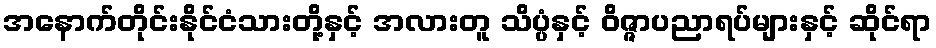
အနောက်တိုင်းနိုင်ငံသားတို့နှင့် အလားတူ သိပ္ပံနှင့် ဝိဇ္ဇာပညာရပ်များနှင့် ဆိုင်ရာ